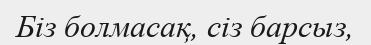
Біз болмасақ, сіз барсыз,